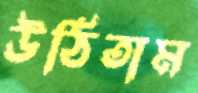
উঠিতাম